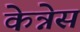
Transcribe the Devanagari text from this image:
केन्नेस